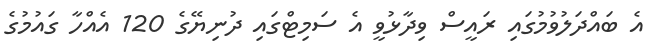
އެ ބައްދަލުވުމުގައި ރައީސް ވިދާޅުވީ އެ ސަމިޓްގައި ދުނިޔޭގެ 120 އެއްހާ ގައުމުގެ